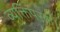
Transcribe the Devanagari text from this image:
व्यक्तिपरक।